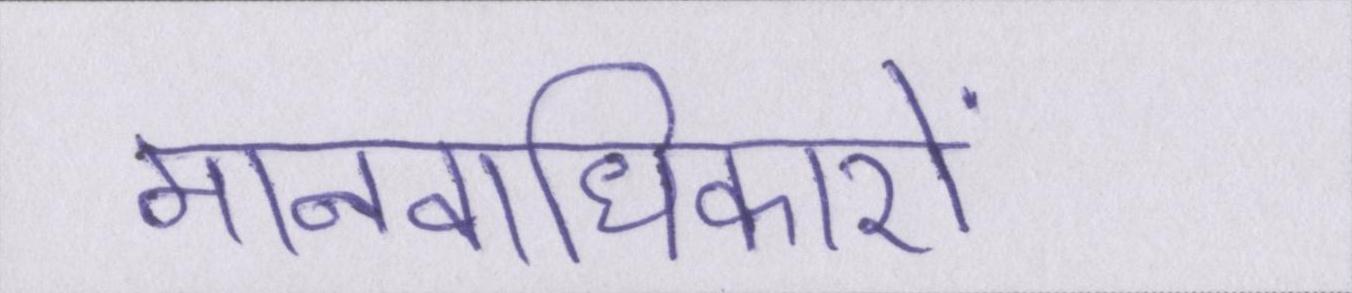
मानवाधिकारों